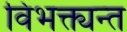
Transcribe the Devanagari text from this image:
विभक्त्यन्त